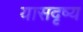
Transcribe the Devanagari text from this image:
यासदृष्य